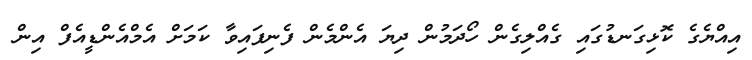
އިއްޔެގެ ކޮޅިގަނޑުގައި ގެއްލިގެން ހޯދަމުން ދިޔަ އެންމެން ފެނިފައިވާ ކަމަށް އެމްއެންޑީއެފް އިން